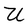
Character: U